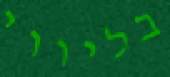
בליווי